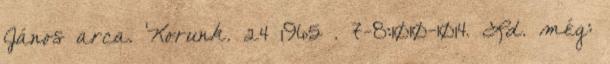
János arca. Korunk. 24 1965 . 7-8:1010-1014. Ld. még: